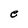
Character: e